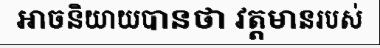
អាចនិយាយបានថា វត្តមានរបស់